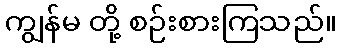
ကျွန်မ တို့ စဉ်းစားကြသည်။